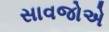
સાવજોએ